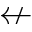
\nleftarrow